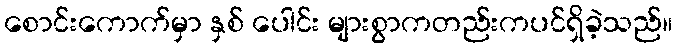
စောင်းကောက်မှာ နှစ် ပေါင်း များစွာကတည်းကပင်ရှိခဲ့သည်။